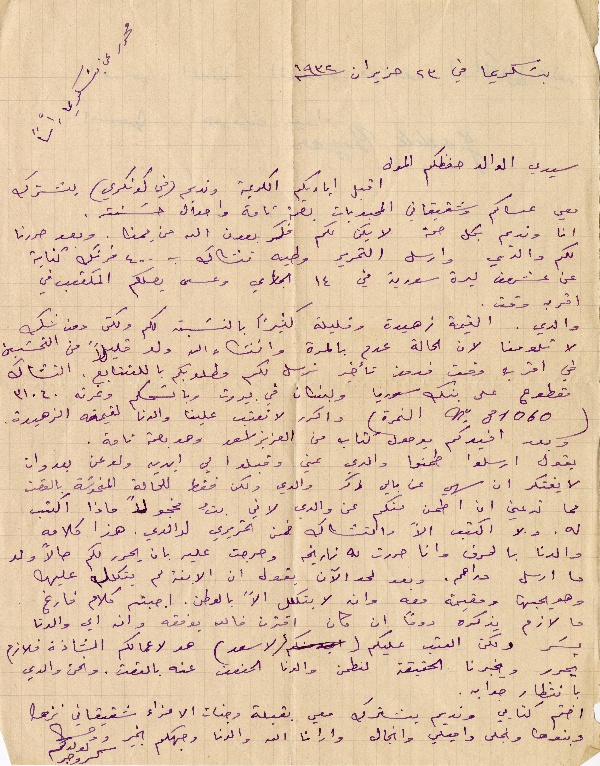
محرر عن بسَكريما رأساً
بسَكريما في ٢٣ حزيران سنة ١٩٣٢
سيدي الوالد حفظكم المولى
اقبل اياديكم الكريمة ونديم (في كونكري) يشترك
معي عساكم وشقيقاتي المحبوبات بصحة تامة واحوال حسَنة.
انا ونديم بكل صحة لا يكن لكم فكر بعون الله من يمنا. وبعد حررنا
لكم والدي وارسل التحرير وطيه تشاك ب ٤٠٠ فرنك كناية
عن عشرون ليرة سورية في ١٤ الجاري وعسى يصلكم المكتوب في
اقرب وقت.
والدي. القيمة زهيدة وقليلة كثيراً بالنسَبة لكم ولكن دون شك
لا تلومنا لان الحالة عدم بالمرة وانشاء الله ولو قليلاً من التحسَين
في اقرب وقت ودون تأخير نرسل لكم مطلوبكم بالتتابع. التشاك
مقطوع على بنك سوريا ولبنان في بيروت وباسمكم ونمرته ٣١٠٦٠
(٣١٠٦٠ nº النمرة) واكرر لا تعتب علينا والدنا لقيمته الزهيدة.
وبعد افيدكم بوصول كتاب من العزيز اسعد وهو بصحة تامة.
يقول ارسلوا طمنوا والدي عني وقبلوا لي ايديه ولو عن بعد وان
لا يفتكر ان سهي عن بالي ذكر والدي ولكن فقط للحالة المنحوسَة بالوقت
مما تدعني ان اطمن منكم عن والدي لان بتُّ مخجولاً ماذا اكتب
له. ولا اكتب الاَّ والتشاك ضمن تحريري لوالدي. هذا كلامه
والدنا بالحرف وانا حررت له تاريخه وحرجت عليه بان يحرر لكم حالاً ولا
ما ارسل دراهم. وبعد لحد الآن يقول ان الابنة لم يتكلل عليها
وهو يحبها ومقيمة معه وان لا يتكلل الاَّ بالوطن. اجبته كلام فارغ
ما لازم يذكره دوماً ان كان اقترن فالله يوفقه وانه اي والدنا
يسَر ولكن العتب عليكم (لاسعد) هو لاعمالكم الشاذة فلازم
يحرر ويخبرنا الحقيقة لنطمن والدنا الحنون عنه بالوقت. ونحن والدي
بانتظار جوابه.
اختم كتابي ونديم يشترك معي بقبلة وجنات الاعزاء شقيقاتي نزها
وبنوها ونجلى واميلي وانجال وارانا الله والدنا وجهكم بخير
ودمتم لولدكم كروجر